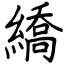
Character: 繑